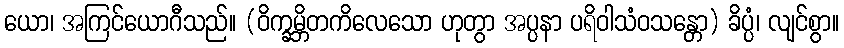
ယော၊ အကြင်ယောဂီသည်။ (ဝိက္ခမ္ဘိတကိလေသော ဟုတွာ အပ္ပနာ ပရိဝါသံဝသန္တော) ခိပ္ပံ၊ လျင်စွာ။